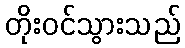
တိုးဝင်သွားသည်